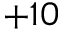
+ 1 0